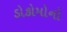
ડોકોમોનો